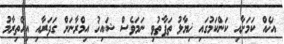
އަޚެއް ކަަމަށާއި ކަންކަމުގައި ޚިޔާލު ތަފާތުވި ނަމަވެސް ޝައިޚު އިމްރާނަށް ގަދަރާއި އިހްތިރާމު